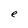
Character: e